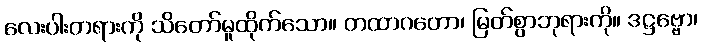
လေးပါးတရားကို သိတော်မူထိုက်သော။ တထာဂတော၊ မြတ်စွာဘုရားကို။ ဒဋ္ဌဗ္ဗော၊